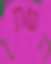
השתן